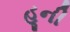
હૂની